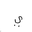
Letter: _ya